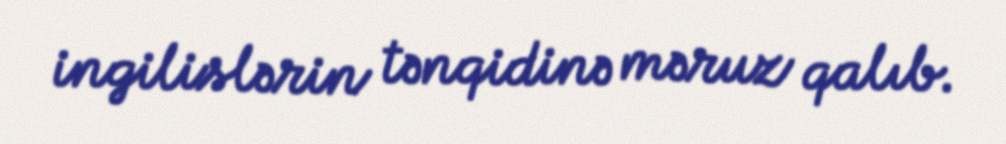
ingilislərin tənqidinə məruz qalıb.